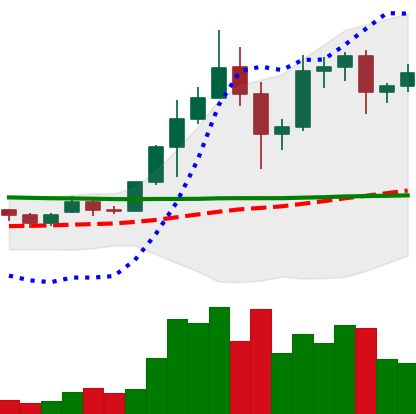
Ticker: ADA-USD
Chart end date: 2020-12-03
Forward return: -14.179%
Label: down_7plus